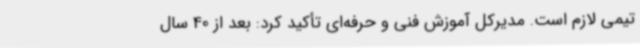
تیمی لازم است. مدیرکل آموزش فنی و حرفه‌ای تأکید کرد: بعد از 40 سال